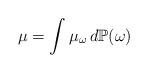
LaTeX: \begin{align*}\mu = \int \mu_\omega\, d\mathbb{P}(\omega)\end{align*}